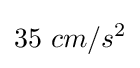
35~cm/s^{2}